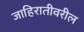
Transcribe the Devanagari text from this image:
जाहिरातीवरील